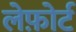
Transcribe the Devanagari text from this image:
लेफ़ोर्ट